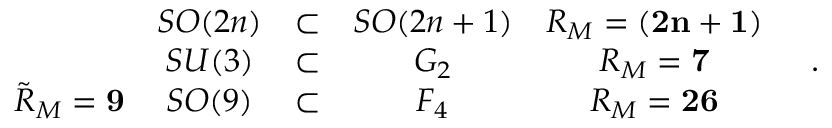
\begin{array} { c c c c c } { { } } & { { S O ( 2 n ) } } & { { \subset } } & { { S O ( 2 n + 1 ) } } & { { R _ { M } = { \bf ( 2 n + 1 ) } } } \\ { { } } & { { S U ( 3 ) } } & { { \subset } } & { { G _ { 2 } } } & { { R _ { M } = { \bf 7 } } } \\ { { \tilde { R } _ { M } = { \bf 9 } } } & { { S O ( 9 ) } } & { { \subset } } & { { F _ { 4 } } } & { { R _ { M } = { \bf 2 6 } } } \end{array} \quad .